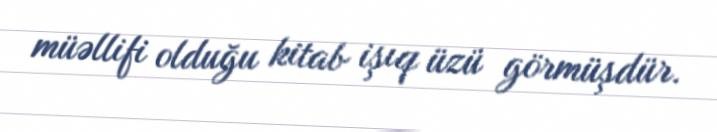
müəllifi olduğu kitab işıq üzü görmüşdür.